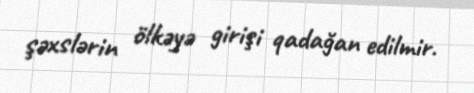
şəxslərin ölkəyə girişi qadağan edilmir.